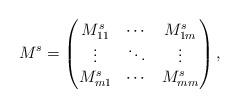
LaTeX: \begin{align*}M^s=\begin{pmatrix}M^s_{11}& \cdots & M^s_{1m}\\\vdots & \ddots & \vdots \\M^s_{m1}& \cdots & M^s_{mm}\\\end{pmatrix},\end{align*}